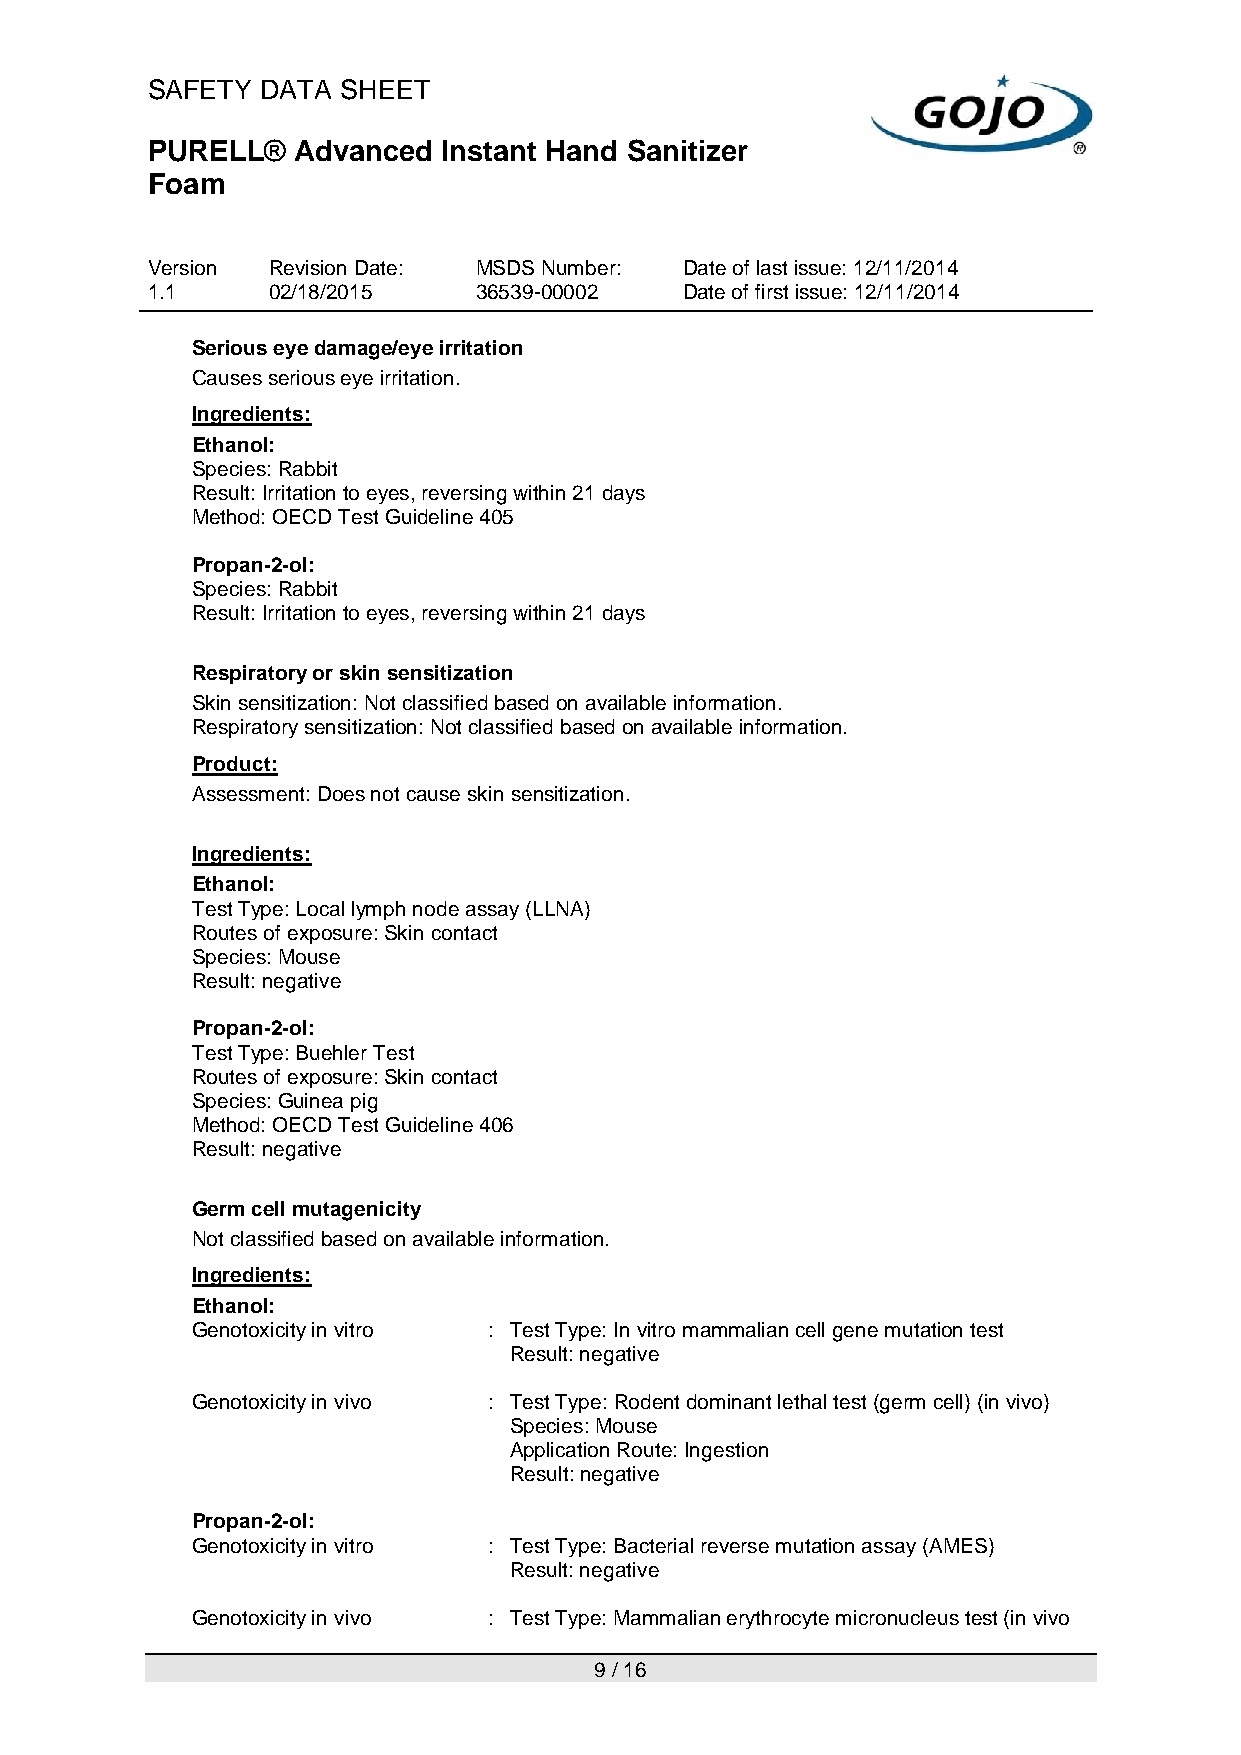
SAFETY DATA  SHEET
 PURELL®  Advanced  Instant Hand Sanitizer
 Foam
 Version Revision Date: MSDS Number: Date of last issue: 12/11/2014
 1.1     02/18/2015   36539-00002   Date of first issue: 12/11/2014
 Serious eye damage/eye irritation
 Causes serious eye irritation.
 Ingredients:
 Ethanol:
 Species: Rabbit
 Result: Irritation to eyes, reversing within 21 days
 Method: OECD Test Guideline 405
 Propan-2-ol:
 Species: Rabbit
 Result: Irritation to eyes, reversing within 21 days
 Respiratory or skin sensitization
 Skin sensitization: Not classified based on available information.
 Respiratory sensitization: Not classified based on available information.
 Product:
 Assessment: Does not cause skin sensitization.
 Ingredients:
 Ethanol:
 Test Type: Local lymph node assay (LLNA)
 Routes of exposure: Skin contact
 Species: Mouse
 Result: negative
 Propan-2-ol:
 Test Type: Buehler Test
 Routes of exposure: Skin contact
 Species: Guinea pig
 Method: OECD Test Guideline 406
 Result: negative
 Germ cell mutagenicity
 Not classified based on available information.
 Ingredients:
 Ethanol:
 Genotoxicity in vitro : Test Type: In vitro mammalian cell gene mutation test
 Result: negative
 Genotoxicity in vivo : Test Type: Rodent dominant lethal test (germ cell) (in vivo)
 Species: Mouse
 Application Route: Ingestion
 Result: negative
 Propan-2-ol:
 Genotoxicity in vitro : Test Type: Bacterial reverse mutation assay (AMES)
 Result: negative
 Genotoxicity in vivo : Test Type: Mammalian erythrocyte micronucleus test (in vivo
 9 / 16